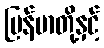
မြန်မာတို့နှင့်